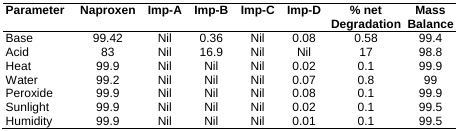
<table><thead><tr><td><b>Parameter</b></td><td><b>Naproxen</b></td><td><b>Imp-A</b></td><td><b>Imp-B</b></td><td><b>Imp-C</b></td><td><b>Imp-D</b></td><td><b>% net Degradation</b></td><td><b>Mass Balance</b></td></tr></thead><tbody><tr><td>Base</td><td>99.42</td><td>Nil</td><td>0.36</td><td>Nil</td><td>0.08</td><td>0.58</td><td>99.4</td></tr><tr><td>Acid</td><td>83</td><td>Nil</td><td>16.9</td><td>Nil</td><td>Nil</td><td>17</td><td>98.8</td></tr><tr><td>Heat</td><td>99.9</td><td>Nil</td><td>Nil</td><td>Nil</td><td>0.02</td><td>0.1</td><td>99.9</td></tr><tr><td>Water</td><td>99.2</td><td>Nil</td><td>Nil</td><td>Nil</td><td>0.07</td><td>0.8</td><td>99</td></tr><tr><td>Peroxide</td><td>99.9</td><td>Nil</td><td>Nil</td><td>Nil</td><td>0.08</td><td>0.1</td><td>99.9</td></tr><tr><td>Sunlight</td><td>99.9</td><td>Nil</td><td>Nil</td><td>Nil</td><td>0.02</td><td>0.1</td><td>99.5</td></tr><tr><td>Humidity</td><td>99.9</td><td>Nil</td><td>Nil</td><td>Nil</td><td>0.01</td><td>0.1</td><td>99.5</td></tr></tbody></table>